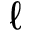
\ell